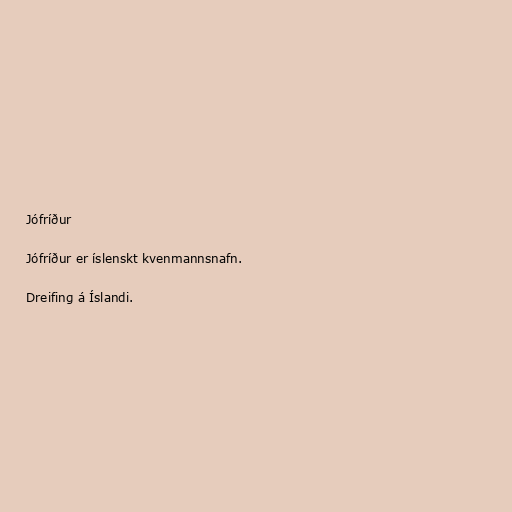
Jófríður

Jófríður er íslenskt kvenmannsnafn.

Dreifing á Íslandi.